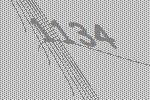
1134